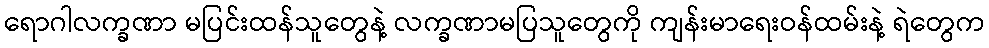
ရောဂါလက္ခဏာ မပြင်းထန်သူတွေနဲ့ လက္ခဏာမပြသူတွေကို ကျန်းမာရေးဝန်ထမ်းနဲ့ ရဲတွေက